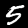
Digit: 5